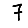
Digit: 7